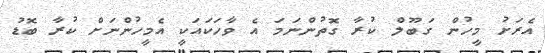
އެރަށު މީހުން ގަބޫލް ކުރާ ގޮތުންނަމަ އެ ވާހަކައަކީ އެމީހުންނަށް ކުރާ ބޮޑު